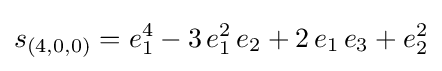
s_{(4,0,0)}=e_{1}^{4}-3\,e_{1}^{2}\,e_{2}+2\,e_{1}\,e_{3}+e_{2}^{2}